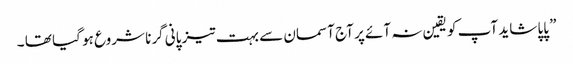
” پاپا شاید آپ کو یقین نہ آئے پر آج آسمان سے بہت تیز پانی گرنا شروع ہو گیا تھا ۔